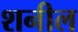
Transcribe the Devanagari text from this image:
शनील